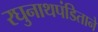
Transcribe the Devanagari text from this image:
रघुनाथपंडिताने